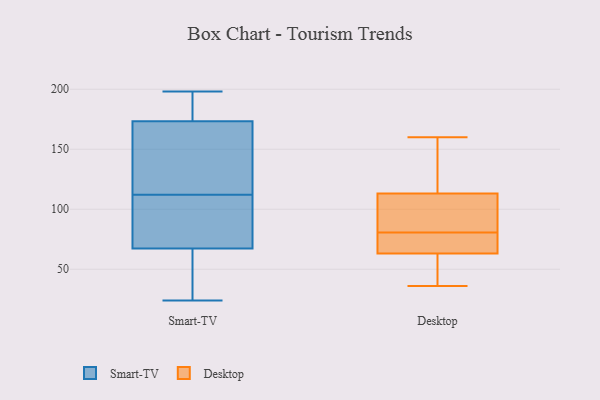
{"axis": {"x": "Production Output", "y": "Value"}, "legend": ["Desktop", "Smart-TV"], "data": [{"x": "", "y": 169, "type": "Smart-TV"}, {"x": "", "y": 117, "type": "Smart-TV"}, {"x": "", "y": 94, "type": "Smart-TV"}, {"x": "", "y": 86, "type": "Smart-TV"}, {"x": "", "y": 107, "type": "Smart-TV"}, {"x": "", "y": 193, "type": "Smart-TV"}, {"x": "", "y": 43, "type": "Smart-TV"}, {"x": "", "y": 43, "type": "Smart-TV"}, {"x": "", "y": 70, "type": "Smart-TV"}, {"x": "", "y": 112, "type": "Smart-TV"}, {"x": "", "y": 186, "type": "Smart-TV"}, {"x": "", "y": 186, "type": "Smart-TV"}, {"x": "", "y": 152, "type": "Smart-TV"}, {"x": "", "y": 157, "type": "Smart-TV"}, {"x": "", "y": 59, "type": "Smart-TV"}, {"x": "", "y": 24, "type": "Smart-TV"}, {"x": "", "y": 198, "type": "Smart-TV"}, {"x": "", "y": 79, "type": "Desktop"}, {"x": "", "y": 157, "type": "Desktop"}, {"x": "", "y": 71, "type": "Desktop"}, {"x": "", "y": 113, "type": "Desktop"}, {"x": "", "y": 36, "type": "Desktop"}, {"x": "", "y": 42, "type": "Desktop"}, {"x": "", "y": 63, "type": "Desktop"}, {"x": "", "y": 111, "type": "Desktop"}, {"x": "", "y": 82, "type": "Desktop"}, {"x": "", "y": 160, "type": "Desktop"}]}